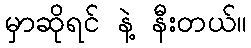
မှာဆိုရင် နဲ့ နီးတယ်။